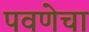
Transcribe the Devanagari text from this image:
पवणेचा